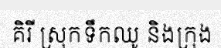
គិរី ស្រុកទឹកឈូ និងក្រុង